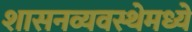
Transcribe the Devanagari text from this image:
शासनव्यवस्थेमध्ये